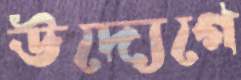
উদ্যেগে